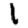
Digit: 1